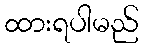
ထားရပါမည်